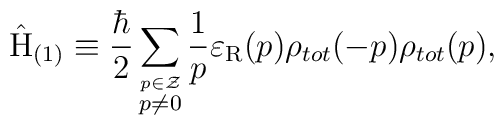
\hat{\rm H}_{(1)} \equiv \frac{\hbar}{2}\sum_{\stackrel{p \in \cal Z}{p \neq 0}}\frac{1}{p} \varepsilon_{\rm R}(p) \rho_{tot}(-p) \rho_{tot}(p) ,